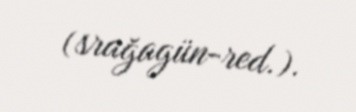
(srağagün-red.).